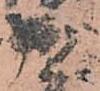
殿